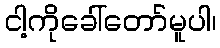
ငါ့ကိုခေါ်တော်မူပါ၊